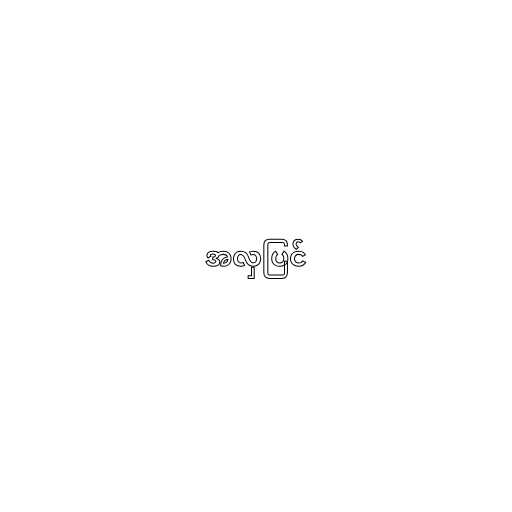
အလှပြင်